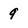
Character: 9